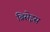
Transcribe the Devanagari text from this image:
ब्रिसेइस